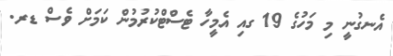
އެނގުނީ މި މަހުގެ 19 ގއި އެމީހާ ޓެސްޓްކުރުމުން ކަމަށް ވެސް ޑރ.